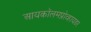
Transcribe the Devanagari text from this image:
आयकॉलमप्रोव्हायडर